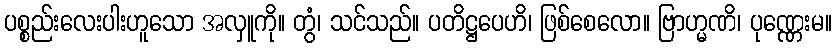
ပစ္စည်းလေးပါးဟူသော အလှူကို။ တွံ၊ သင်သည်။ ပတိဋ္ဌပေဟိ၊ ဖြစ်စေလော။ ဗြာဟ္မဏိ၊ ပုဏ္ဏေးမ။